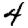
Digit: 4